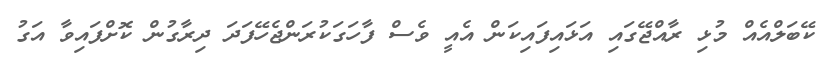
ކޭބަލްއެއް މުޅި ރާއްޖޭގައި އަޅައިފައިކަން އެއީ ވެސް ފާހަގަކުރަންޖެހޭފަދަ ދިރާގުން ކޮށްފައިވާ އަގު